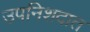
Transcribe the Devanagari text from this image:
उपनिशदात